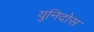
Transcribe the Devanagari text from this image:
युनिदोस